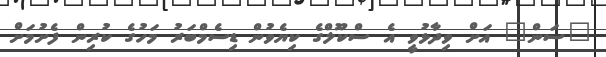
"ސަން" އަށް ވިދާޅުވީ އެ ސްކޫލްގެ ކިޔެވުން ޑިސެމްބަރު މަހުގެ ކުރިން ފެށުމަށް